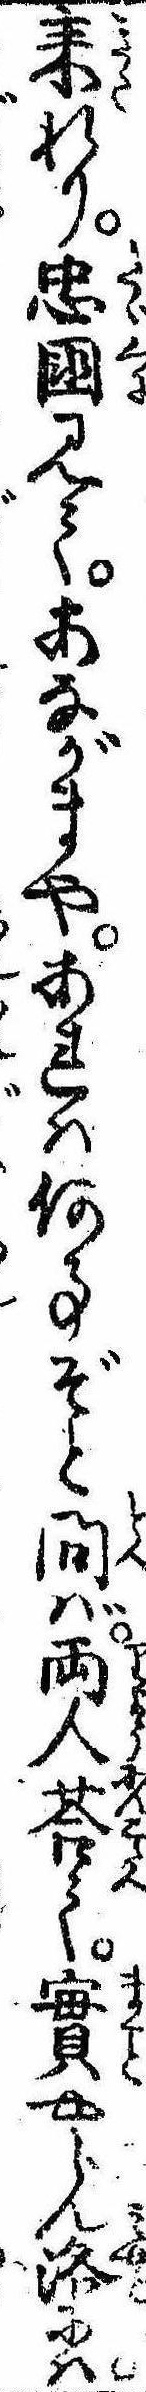
耒れり忠国見てあながまやあれは何事ぞと問ば両人荅て実やらん洛には